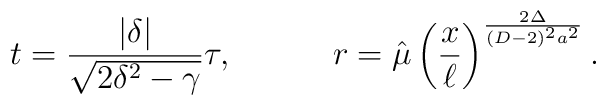
t={{|\delta|}\over\sqrt{2\delta^2-\gamma}}\tau,\ \ \ \ \ \ \ \ \ r=\hat{\mu}\left({x\over\ell}\right)^{{2\Delta}\over{(D-2)^2a^2}}.